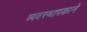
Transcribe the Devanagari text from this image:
व्यवस्थापकाने